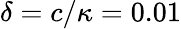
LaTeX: \delta=c/\kappa=0.01